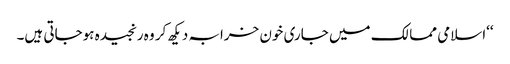
‘‘اسلامی ممالک میں جاری خون خرابہ دیکھ کر وہ رنجیدہ ہوجاتی ہیں۔